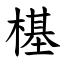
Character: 樭